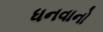
ધનવાનો